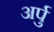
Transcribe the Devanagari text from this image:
अर्पु